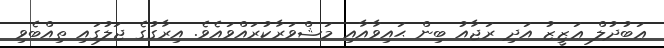
ޢަބުދުލް ޢަޒީޒު އަދި ރަޖާއު ބިން ޙައިވާއާއި މަޝްވަރާކުރައްވައެވެ. އިރާގުގެ ޖަލުގައި ތިއްބެވި